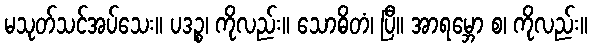
မသုတ်သင်အပ်သေး။ ပဒဉ္စ၊ ကိုလည်း။ သောဓိတံ၊ ပြီ။ အာရမ္ဘော စ၊ ကိုလည်း။